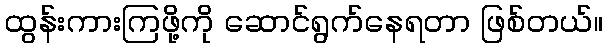
ထွန်းကားကြဖို့ကို ဆောင်ရွက်နေရတာ ဖြစ်တယ်။